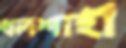
ধলশাহী